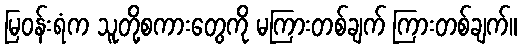
မြဝန်းရံက သူတို့စကားတွေကို မကြားတစ်ချက် ကြားတစ်ချက်။